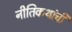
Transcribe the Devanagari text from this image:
नीतिकथांची